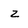
Character: Z